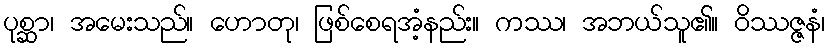
ပုစ္ဆာ၊ အမေးသည်။ ဟောတု၊ ဖြစ်စေရအံ့နည်း။ ကဿ၊ အဘယ်သူ၏။ ဝိဿဇ္ဇနံ၊